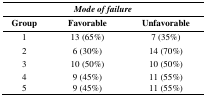
<table><thead><tr><td colspan="3"><b><i>Mode of failure</i></b></td></tr><tr><td><b>Group</b></td><td><b>Favorable</b></td><td><b>Unfavorable</b></td></tr></thead><tbody><tr><td>1</td><td>13 (65%)</td><td>7 (35%)</td></tr><tr><td>2</td><td>6 (30%)</td><td>14 (70%)</td></tr><tr><td>3</td><td>10 (50%)</td><td>10 (50%)</td></tr><tr><td>4</td><td>9 (45%)</td><td>11 (55%)</td></tr><tr><td>5</td><td>9 (45%)</td><td>11 (55%)</td></tr></tbody></table>